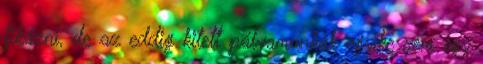
fikázni, de az eddig kitett pályamunkák egyike sem egy